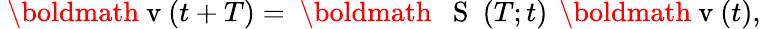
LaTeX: \mathrm{~\boldmath~v~}(t+T)=\mathrm{~\boldmath~\mathsf~{~S~}~}(T;t)\, \mathrm{~\boldmath~v~}(t),